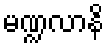
မဏ္ဍလာနိ